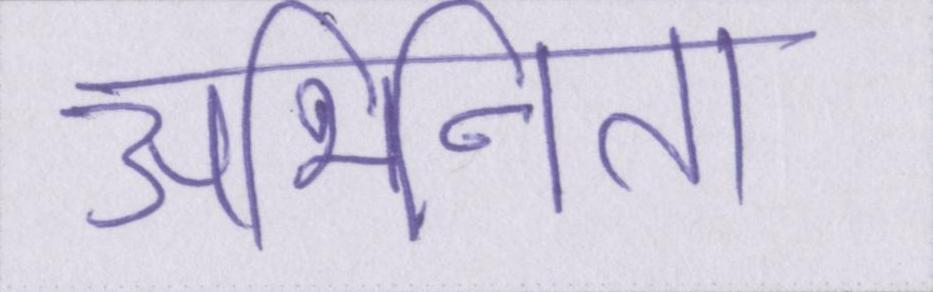
अभिनेता